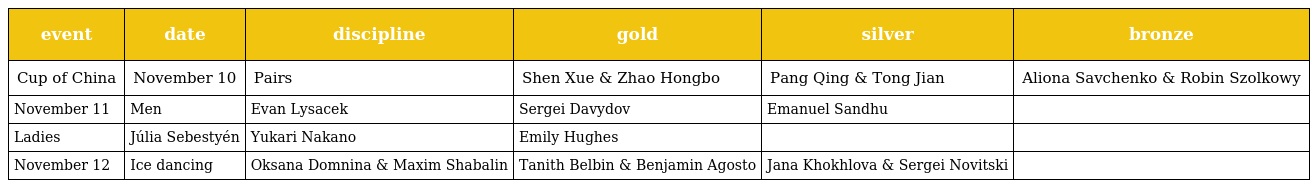
| event | date | discipline | gold | silver | bronze |
 | --- | --- | --- | --- | --- | --- |
 | Cup of China | November 10 | Pairs | Shen Xue & Zhao Hongbo | Pang Qing & Tong Jian | Aliona Savchenko & Robin Szolkowy |
 | November 11 | Men | Evan Lysacek | Sergei Davydov | Emanuel Sandhu |  |
 | Ladies | Júlia Sebestyén | Yukari Nakano | Emily Hughes |  |  |
 | November 12 | Ice dancing | Oksana Domnina & Maxim Shabalin | Tanith Belbin & Benjamin Agosto | Jana Khokhlova & Sergei Novitski |  |